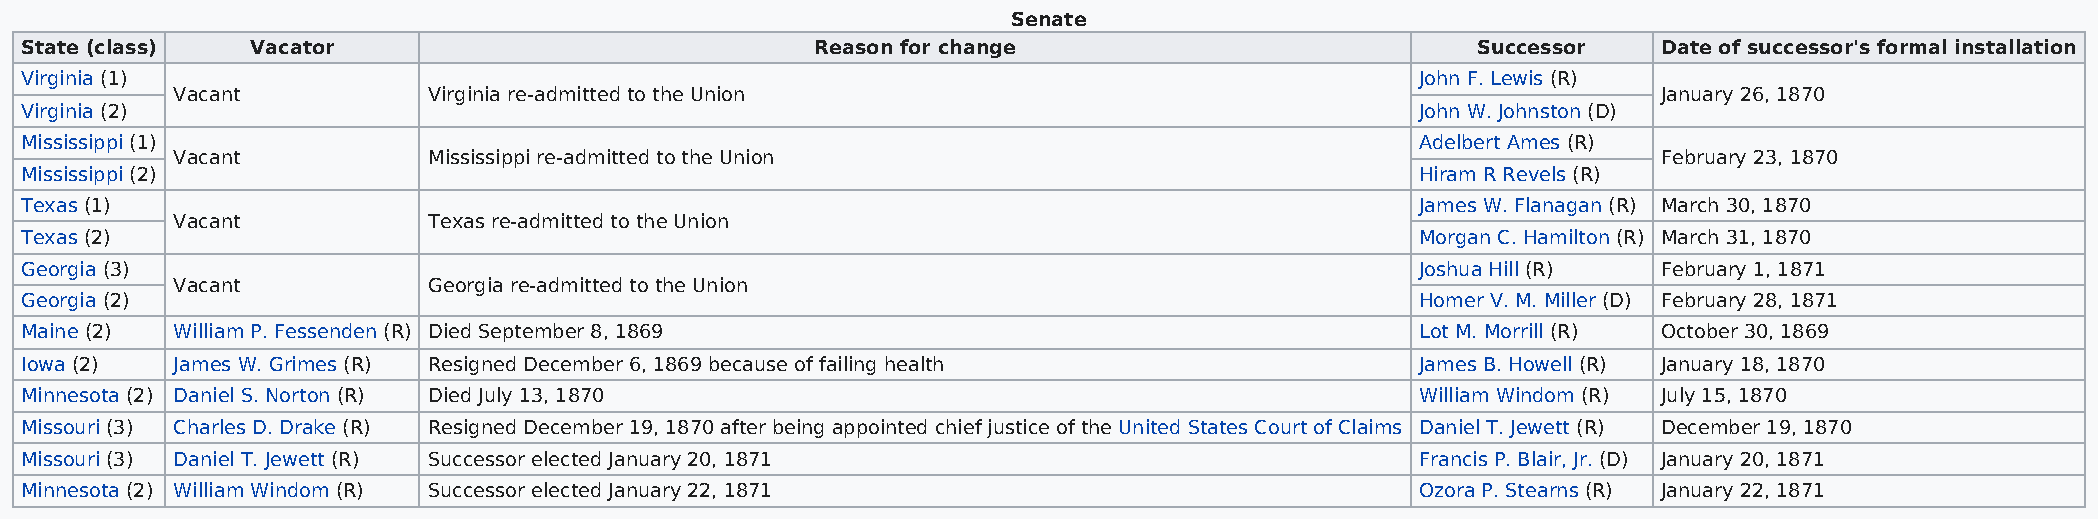
Senate
 State (class)   Vacator                              Reason for change                           Successor   Date of successor's formal installation
 Virginia (1)                                                                                 John F. Lewis (R)
 Vacant           Virginia re-admitted to the Union                                                 January 26, 1870
 Virginia (2)                                                                                 John W. Johnston (D)
 Mississippi (1)                                                                              Adelbert Ames (R)
 Vacant           Mississippi re-admitted to the Union                                              February 23, 1870
 Mississippi (2)                                                                              Hiram R Revels (R)
 Texas (1)                                                                                    James W. Flanagan (R) March 30, 1870
 Vacant           Texas re-admitted to the Union
 Texas (2)                                                                                    Morgan C. Hamilton (R) March 31, 1870
 Georgia (3)                                                                                  Joshua Hill (R) February 1, 1871
 Vacant           Georgia re-admitted to the Union
 Georgia (2)                                                                                  Homer V. M. Miller (D) February 28, 1871
 Maine (2) William P. Fessenden (R) Died September 8, 1869                                    Lot M. Morrill (R) October 30, 1869
 Iowa (2)  James W. Grimes (R) Resigned December 6, 1869 because of failing health            James B. Howell (R) January 18, 1870
 Minnesota (2) Daniel S. Norton (R) Died July 13, 1870                                        William Windom (R) July 15, 1870
 Missouri (3) Charles D. Drake (R) Resigned December 19, 1870 after being appointed chief justice of the United States Court of Claims Daniel T. Jewett (R) December 19, 1870
 Missouri (3) Daniel T. Jewett (R) Successor elected January 20, 1871                         Francis P. Blair, Jr. (D) January 20, 1871
 Minnesota (2) William Windom (R) Successor elected January 22, 1871                          Ozora P. Stearns (R) January 22, 1871